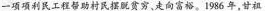
一项项利民工程帮助村民摆脱贫穷，走向富裕。1986年，甘祖